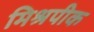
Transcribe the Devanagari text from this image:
मिश्रपीक